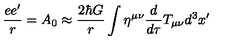
\frac { e e ^ { \prime } } { r } = A _ { 0 } \approx \frac { 2 \hbar G } { r } \int \eta ^ { \mu \nu } \frac { d } { d \tau } T _ { \mu \nu } d ^ { 3 } x ^ { \prime }